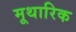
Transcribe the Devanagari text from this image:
मूथारिक